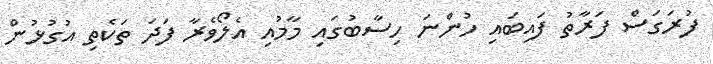
ފުރަގަސް ފަރާތު ފައިބައި ހުންނަ ހިސާބުގައި މާމުއި އެލޯވެރާ ފަދަ ތަކެތި އުގުޅުން